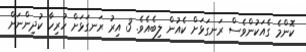
ކޮންމެ ގެއަކުންވެސް ރަނގަޅަށް ކެއުން ލިބެއެވެ. 3 އިރު ރަނގަޅަށް ހުރިހާ ކުދިންނަށް